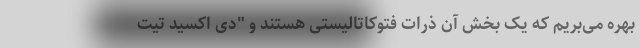
بهره می‌بریم که یک بخش آن ذرات فتوکاتالیستی هستند و "دی اکسید تیت